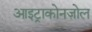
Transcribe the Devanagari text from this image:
आइट्राकोनज़ोल